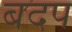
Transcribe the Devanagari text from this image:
बदप